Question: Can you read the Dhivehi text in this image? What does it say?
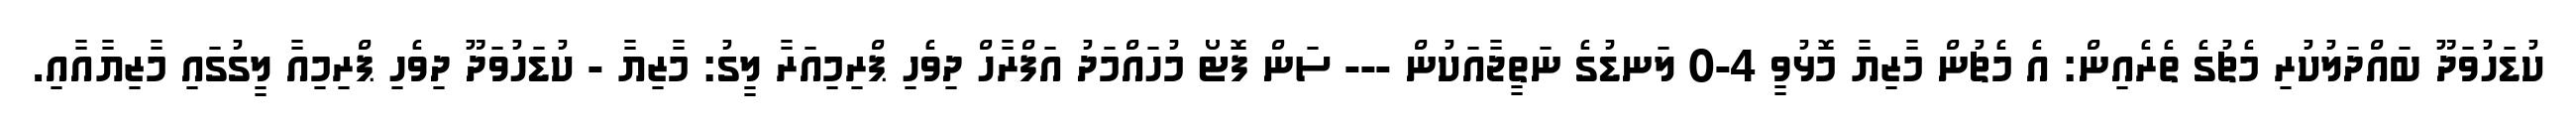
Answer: ކުޑަހުވަދޫ ބައްދަލުކުރި މެޗުގެ ތެރެއިން: އެ މެޗުން މާޒިޔާ މޮޅުވީ 4-0 ލަނޑުގެ ނަތީޖާއަކުން --- ސަން ފޮޓޯ މުހައްމަދު އަފްރާހް ދިވެހި ޕްރިމިއަރާ ލީގު: މާޒިޔާ - ކުޑަހުވަދޫ ދިވެހި ޕްރިމިއާ ލީގުގައި މާޒިޔާއާއި.